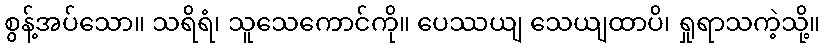
စွန့်အပ်သော။ သရိရံ၊ သူသေကောင်ကို။ ပေဿယျ သေယျထာပိ၊ ရှုရာသကဲ့သို့။